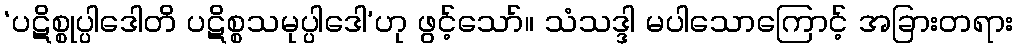
‘ပဋိစ္စုပ္ပါဒေါတိ ပဋိစ္စသမုပ္ပါဒေါ’ဟု ဖွင့်သော်။ သံသဒ္ဒါ မပါသောကြောင့် အခြားတရား